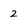
Character: 2